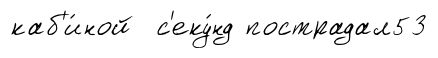
каб'и́ной с'еку́нд пострадал53